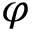
\varphi